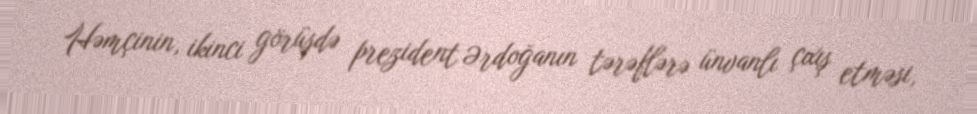
Həmçinin, ikinci görüşdə prezident Ərdoğanın tərəflərə ünvanlı çıxış etməsi,